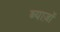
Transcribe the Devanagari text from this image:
ब्याज़ों